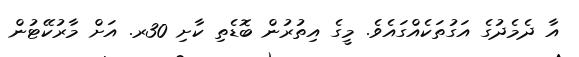
އާ ދެމެދުގެ އަގުތަކެއްގައެވެ. މީގެ އިތުރުން ބޮޑެތި ކާށި 30ރ. އަށް މާރުކޭޓުން